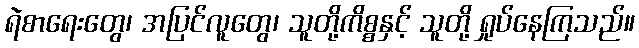
ရဲစာရေးတွေ၊ အပြင်လူတွေ၊ သူတို့ကိစ္စနှင့် သူတို့ ရှုပ်နေကြသည်။